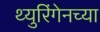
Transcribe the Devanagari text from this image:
थ्युरिंगेनच्या